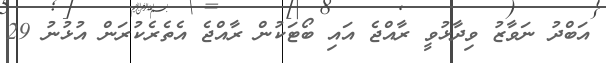
އަބްދު ނަވާޒު ވިދާޅުވީ ރާއްޖެ އައި ބޯޓަކުން ރާއްޖެ އެތެރެކުރަން އުޅުނު 29